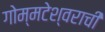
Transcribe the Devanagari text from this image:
गोम्मटेश्वराची